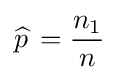
{\widehat {p\,}}={\frac {n_{1}}{n}}